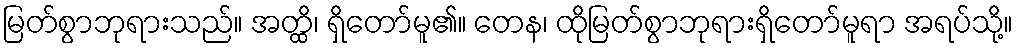
မြတ်စွာဘုရားသည်။ အတ္ထိ၊ ရှိတော်မူ၏။ တေန၊ ထိုမြတ်စွာဘုရားရှိတော်မူရာ အရပ်သို့။